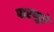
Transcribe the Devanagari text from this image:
पारप्पुरे